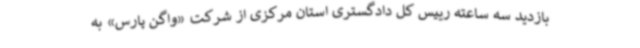
بازدید سه ساعته رییس کل دادگستری استان مرکزی از شرکت «واگن پارس» به